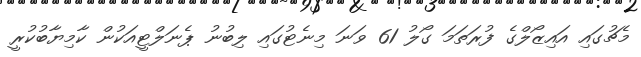
މެޗުގައި އައިޒޯލްގެ ފުރަތަމަ ގޯލު 61 ވަނަ މިނެޓުގައި ލިބުނު ޕެނަލްޓީއަަކުން ކާމިޔާބުކުރީ